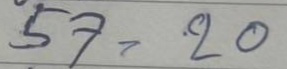
57 = 20